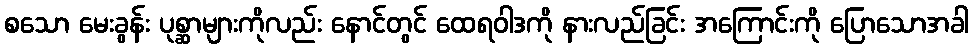
စသော မေးခွန်း ပုစ္ဆာများကိုလည်း နောင်တွင် ထေရဝါဒကို နားလည်ခြင်း အကြောင်းကို ပြောသောအခါ